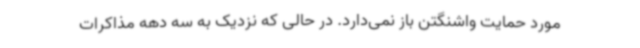
مورد حمایت واشنگتن باز نمی‌دارد. در حالی که نزدیک به سه دهه مذاکرات